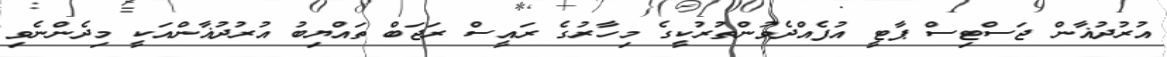
އުރުދުޣާން ޖަސްޓިސް ޕާޓީ އުފެއްދެވުންތުރުކީގެ މިހާރުގެ ރައީސް ރަޖަބް ތައްޔިބު އުރުދުޣާންއަކީ މިދެންނެވި